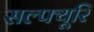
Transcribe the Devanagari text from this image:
सल्फ्यूरि